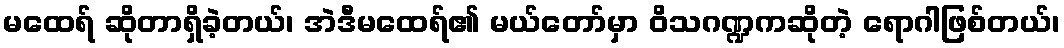
မထေရ် ဆိုတာရှိခဲ့တယ်၊ အဲဒီမထေရ်၏ မယ်တော်မှာ ဝိသဂဏ္ဍကဆိုတဲ့ ရောဂါဖြစ်တယ်၊